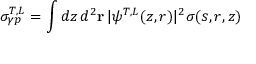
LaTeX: \sigma _ { \gamma p } ^ { T , L } = \int d z \, d ^ { 2 } { \bf r } \, | \psi ^ { T , L } ( z , r ) | ^ { 2 } \sigma ( s , r , z )